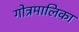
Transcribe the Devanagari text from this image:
गोत्रमालिका